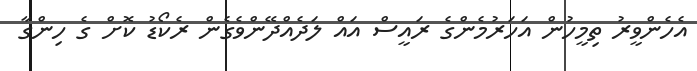
އެހެންވީރު ތިމީހުން އަހަރުމެންގެ ރައީސް އައް ލަދެއްދޭންވެގެން ރެކޯޑު ކޮށް ގެ ހިންގާ